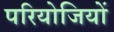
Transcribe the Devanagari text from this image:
परियोजियों